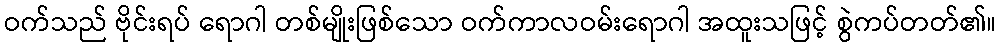
ဝက်သည် ဗိုင်းရပ် ရောဂါ တစ်မျိုးဖြစ်သော ဝက်ကာလဝမ်းရောဂါ အထူးသဖြင့် စွဲကပ်တတ်၏။